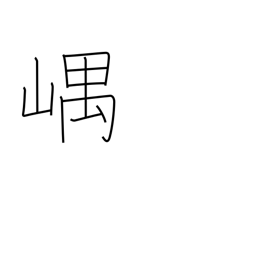
Meaning: mountain recesses